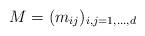
LaTeX: \begin{align*} M = (m_{ij})_{i,j=1,\ldots, d}\end{align*}